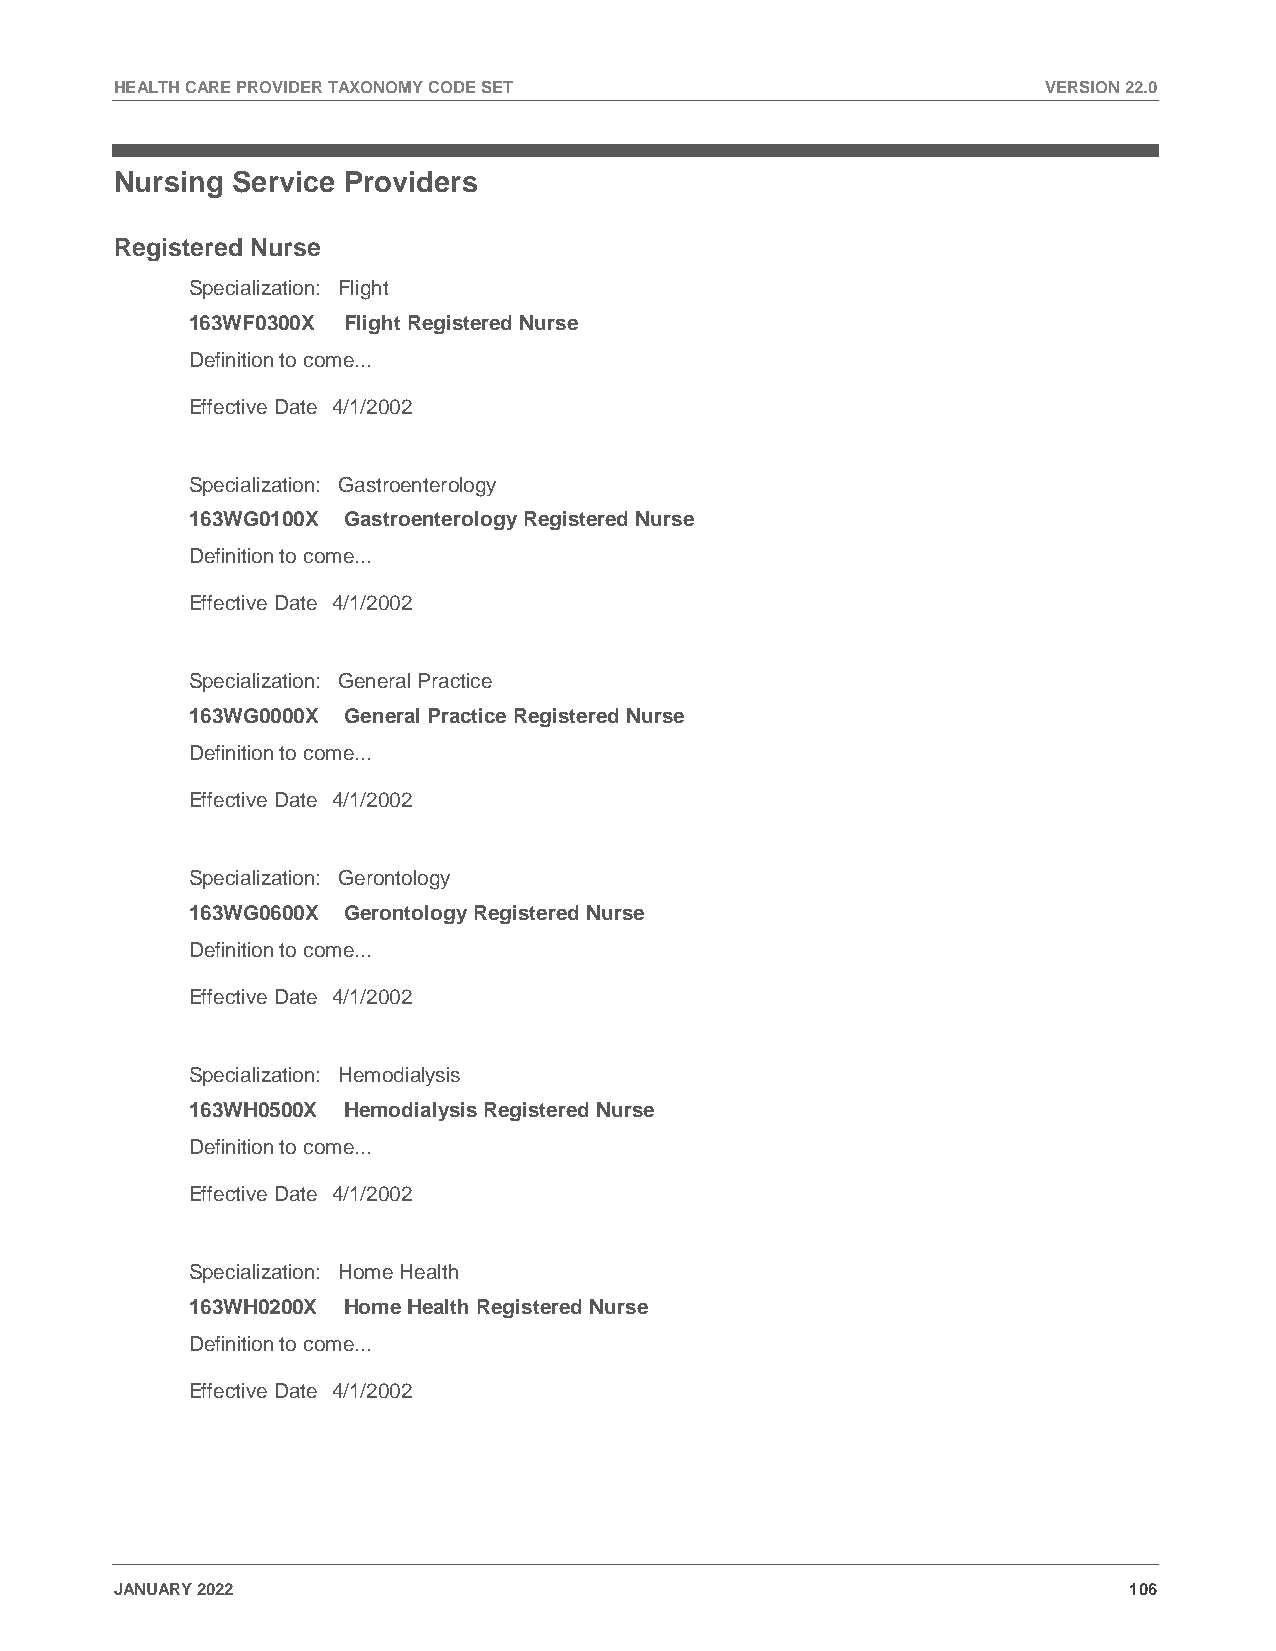
HEALTH CARE PROVIDER TAXONOMY CODE SET                       VERSION 22.0
 Nursing Service Providers
 Registered Nurse
 Specialization: Flight
 163WF0300X Flight Registered Nurse
 Definition to come...
 Effective Date 4/1/2002
 Specialization: Gastroenterology
 163WG0100X Gastroenterology Registered Nurse
 Definition to come...
 Effective Date 4/1/2002
 Specialization: General Practice
 163WG0000X General Practice Registered Nurse
 Definition to come...
 Effective Date 4/1/2002
 Specialization: Gerontology
 163WG0600X Gerontology Registered Nurse
 Definition to come...
 Effective Date 4/1/2002
 Specialization: Hemodialysis
 163WH0500X Hemodialysis Registered Nurse
 Definition to come...
 Effective Date 4/1/2002
 Specialization: Home Health
 163WH0200X Home Health Registered Nurse
 Definition to come...
 Effective Date 4/1/2002
 JANUARY 2022                                                       106